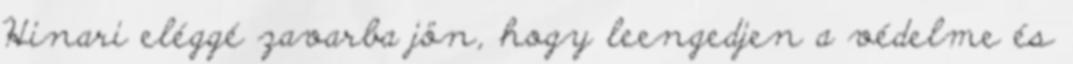
Hinari eléggé zavarba jön, hogy leengedjen a védelme és